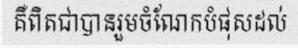
គឺពិតជាបានរួមចំណែកបំផុសដល់